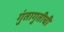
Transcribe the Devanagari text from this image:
गुंतागुतीची